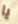
يا